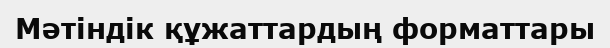
Мәтіндік құжаттардың форматтары